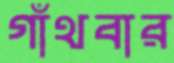
গাঁথবার